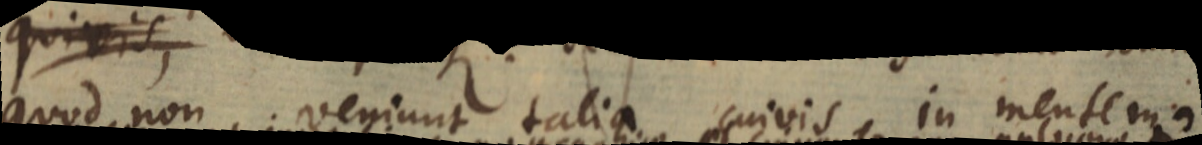
quod non veniunt talia cuivis in mentem